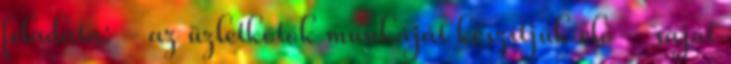
feladata: - az üzletkötők munkáját készítjük elő - saját